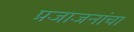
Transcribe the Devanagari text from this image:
प्रजाजनांचा